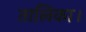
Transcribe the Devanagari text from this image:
तालिका।